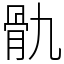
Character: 骩